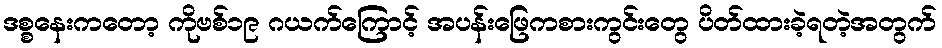
ဒစ္စနေးကတော့ ကိုဗစ်၁၉ ဂယက်ကြောင့် အပန်းဖြေကစားကွင်းတွေ ပိတ်ထားခဲ့ရတဲ့အတွက်